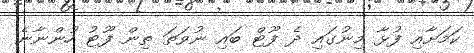
ކަމަށާާއި ފުޅާ މިނުގައި ދެ ފޫޓް ބައި ނުވަތަ ތިން ފޫޓު ހުންނާނެ